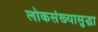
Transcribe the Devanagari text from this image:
लोकसंख्यासुद्धा